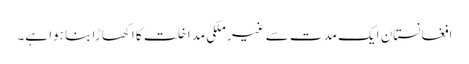
افغانستان ایک مدت سے غیر ملکی مداخلت کا اکھاڑا بنا ہوا ہے۔